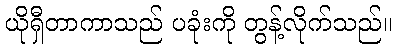
ယိုရှီတာကာသည် ပခုံးကို တွန့်လိုက်သည်။